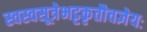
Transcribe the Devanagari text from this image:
स्वस्वसूत्रेभट्टकृतौचज्ञेयः